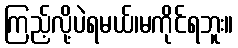
ကြည့်လို့ပဲရမယ်၊မကိုင်ရဘူး။